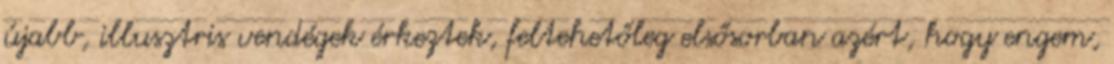
újabb, illusztris vendégek érkeztek, feltehetőleg első­sorban azért, hogy engem,